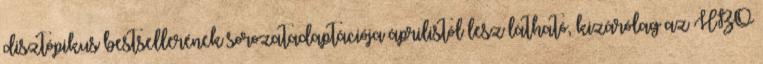
disztópikus bestsellerének sorozatadaptációja áprilistól lesz látható, kizárólag az HBO